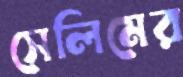
সেলিমের